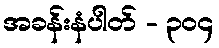
အခန်းနံပါတ် - ၃၀၄